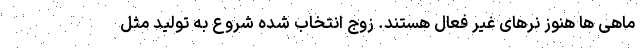
ماهی ها هنوز نرهای غیر فعال هستند. زوج انتخاب شده شروع به تولید مثل